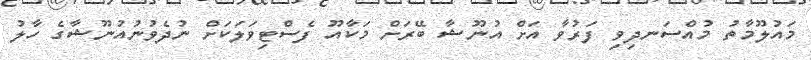
މައުލޫމާތު މުއްސަނދިވި ފަރުވާ އަށް އުނޫޝާ ބޭރަށް މަކާއޫ ފެސްޓިވަލަކަށް ނުދެވުނުއުނޫޝާގެ ހާލު